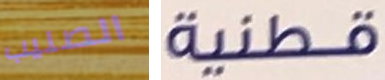
الصليب قطنية